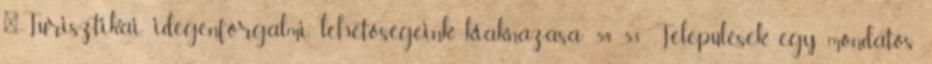
▪„Turisztikai, idegenforgalmi lehetőségeink kiaknázása” 54 53 Települések egy mondatos